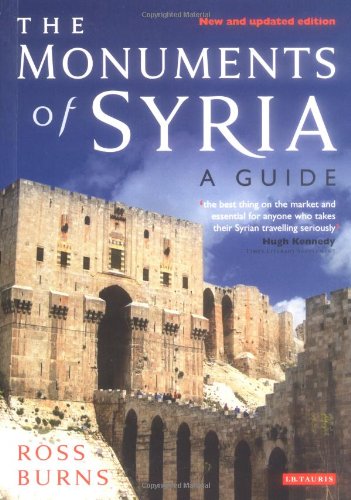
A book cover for The Monuments of Syria: A Guide; Ross Burns; Travel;